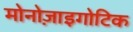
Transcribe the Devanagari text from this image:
मोनोज़ाइगोटिक